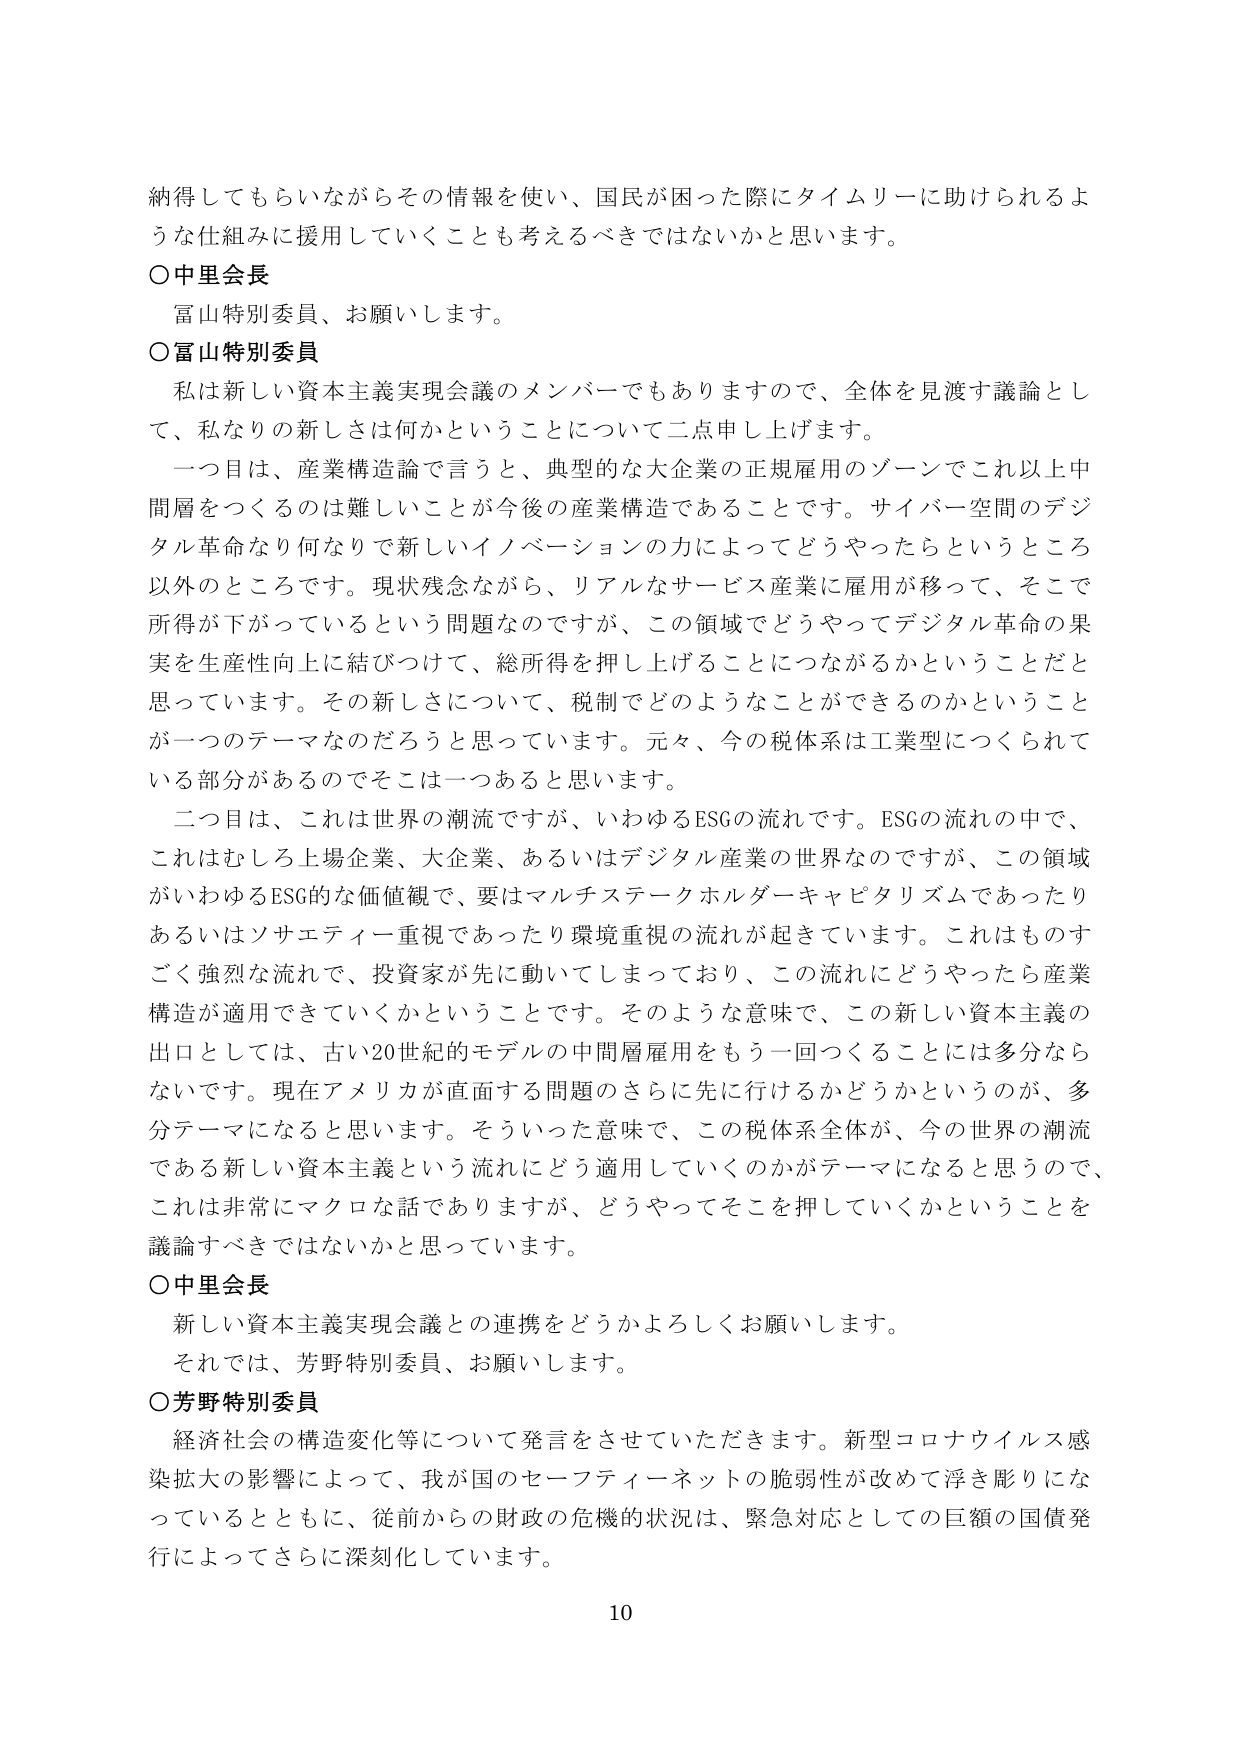
納得してもらいながらその情報を使い、国民が困った際にタイムリーに助けられるような仕組みに援用していくことも考えるべきではないかと思います。

○中里会長
富山特別委員、お願いします。

○富山特別委員
私は新しい資本主義実現会議のメンバーでもありますので、全体を見渡す議論として、私なりの新しさは何かということについて二点申し上げます。
一つ目は、産業構造論で言うと、典型的な大企業の正規雇用のゾーンでこれ以上中間層をつくるのは難しいことが今後の産業構造であることです。サイバー空間のデジタル革命なり何なりで新しいイノベーションの力によってどうやったらというところ以外のところです。現状残念ながら、リアルなサービス産業に雇用が移って、そこで所得が下がっているという問題なのですが、この領域でどうやってデジタル革命の果実を生産性向上に結びつけて、総所得を押し上げることにつながるかということだと思います。その新しさについて、税制でどのようなことができるのかということが一つのテーマなのだろうと思っています。元々、今の税体系は工業型につくられている部分があるのでそこは一つあると思います。
二つ目は、これは世界の潮流ですが、いわゆるESGの流れです。ESGの流れの中で、これはむしろ上場企業、大企業、あるいはデジタル産業の世界なのですが、この領域がいわゆるESG的な価値観で、要はマルチステークホルダーキャピタリズムであったりあるいはソサエティー重視であったり環境重視の流れが起きています。これはものすごく強烈な流れで、投資家が先に動いてしまっており、この流れにどうやったら産業構造が適用できていくかということです。そのような意味で、この新しい資本主義の出口としては、古い20世紀的モデルの中間層雇用をもう一回つくることには多分ならないです。現在アメリカが直面する問題のさらに先に行けるかどうかというのが、多分テーマになると思います。そういった意味で、この税体系全体が、今の世界の潮流である新しい資本主義という流れにどう適用していくのかがテーマになると思うので、これは非常にマクロな話でありますが、どうやってそこを押していくかということを議論すべきではないかと思っています。

○中里会長
新しい資本主義実現会議との連携をどうかよろしくお願いします。
それでは、芳野特別委員、お願いします。

○芳野特別委員
経済社会の構造変化等について発言をさせていただきます。新型コロナウイルス感染拡大の影響によって、我が国のセーフティーネットの脆弱性が改めて浮き彫りになっているとともに、従前からの財政の危機的状況は、緊急対応としての巨額の国債発行によってさらに深刻化しています。

10